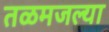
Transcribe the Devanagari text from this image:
तळमजल्या